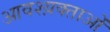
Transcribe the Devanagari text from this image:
आवश्य़क्ताओं